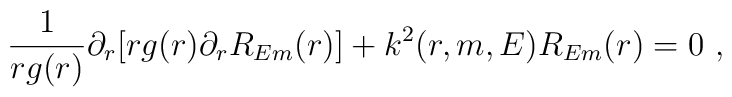
\frac{1}{rg(r)} \partial_r [ r g(r) \partial_r R_{Em}(r)] +k^2 (r,m,E) R_{Em}(r) = 0~,